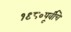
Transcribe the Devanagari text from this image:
१९८०पूर्वीचे